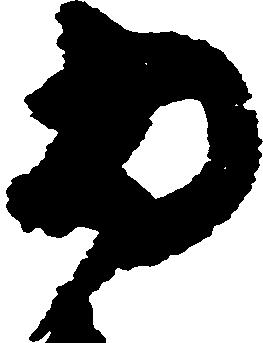
為